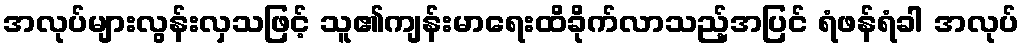
အလုပ်များလွန်းလှသဖြင့် သူ၏ကျန်းမာရေးထိခိုက်လာသည့်အပြင် ရံဖန်ရံခါ အလုပ်